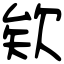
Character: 欸